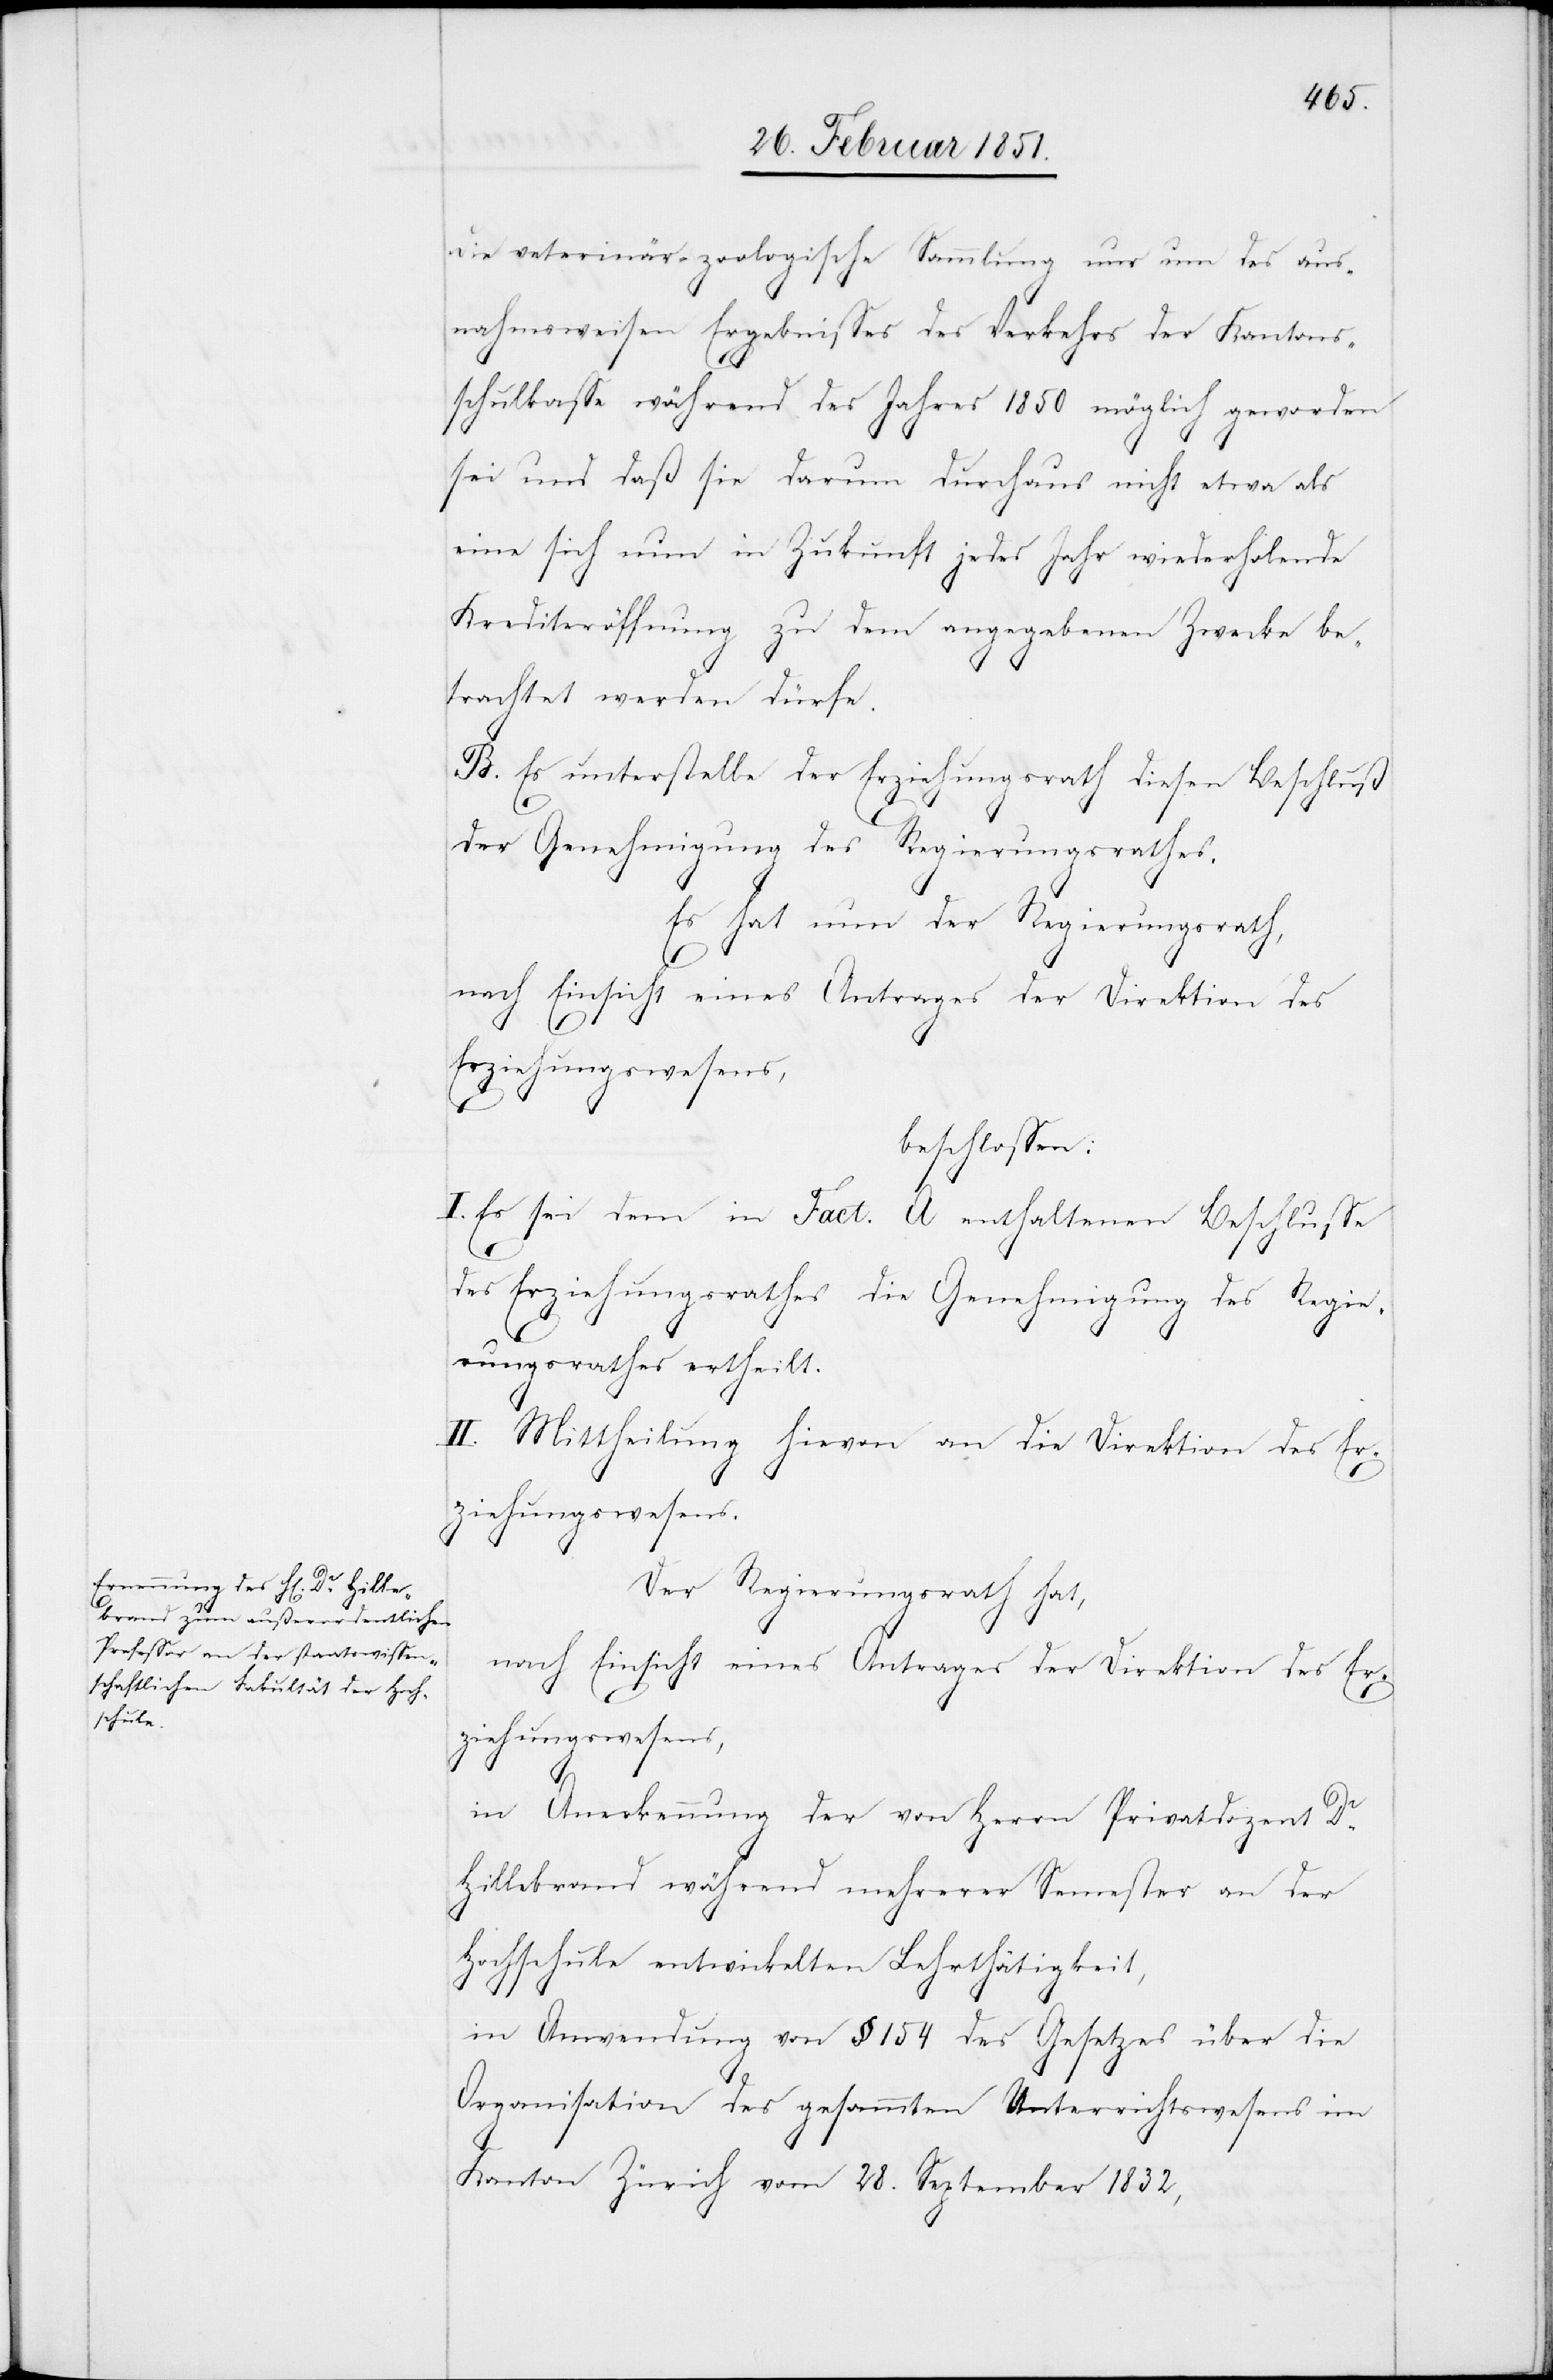
die veterinär-zoologische Sammlung nur um des aus¬
nahmsweisen Ergebnisses des Verkehrs der Kantons¬
schulkasse während des Jahres 1850 möglich geworden
sei und daß sie darum durchaus nicht etwa als
eine sich nun in Zukunft jedes Jahr wiederholende
Krediteröffnung zu dem angegebenen Zwecke be¬
trachtet werden dürfe.
B. Es unterstelle der Erziehungsrath diesen Beschluß
der Genehmigung des Regierungsrathes.
Es hat nun der Regierungsrath,
nach Einsicht eines Antrages der Direktion des
Erziehungswesens,
beschlossen:
I. Es sei dem in Fact. A enthaltenen Beschlusse
des Erziehungsrathes die Genehmigung des Regie¬
rungsrathes ertheilt.
II. Mittheilung hievon an die Direktion des Er¬
ziehungswesens.
Der Regierungsrath hat,
nach Einsicht eines Antrages der Direktion des Er¬
ziehungswesens,
in Anerkennung der von Herrn Privatdozent Dr.
Hillebrand während mehrerer Semester an der
Hochschule entwickelten Lehrthätigkeit,
in Anwendung von § 154 des Gesetzes über die
Organisation des gesammten Unterrichtswesens im
Kanton Zürich vom 28. September 1832,